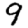
Digit: 9